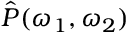
\hat { P } ( \omega _ { 1 } , \omega _ { 2 } )